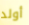
أولد